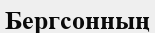
Бергсонның